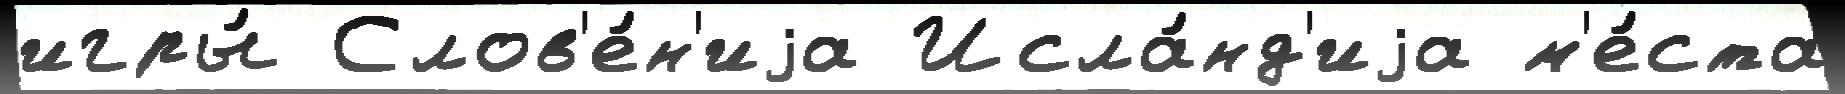
игры́ Слов'е́н'иjа Исла́нд'иjа м'е́ста